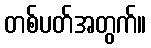
တစ်ပတ်အတွက်။